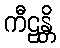
ကီဠန္တိ